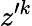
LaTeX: z^{\prime k}